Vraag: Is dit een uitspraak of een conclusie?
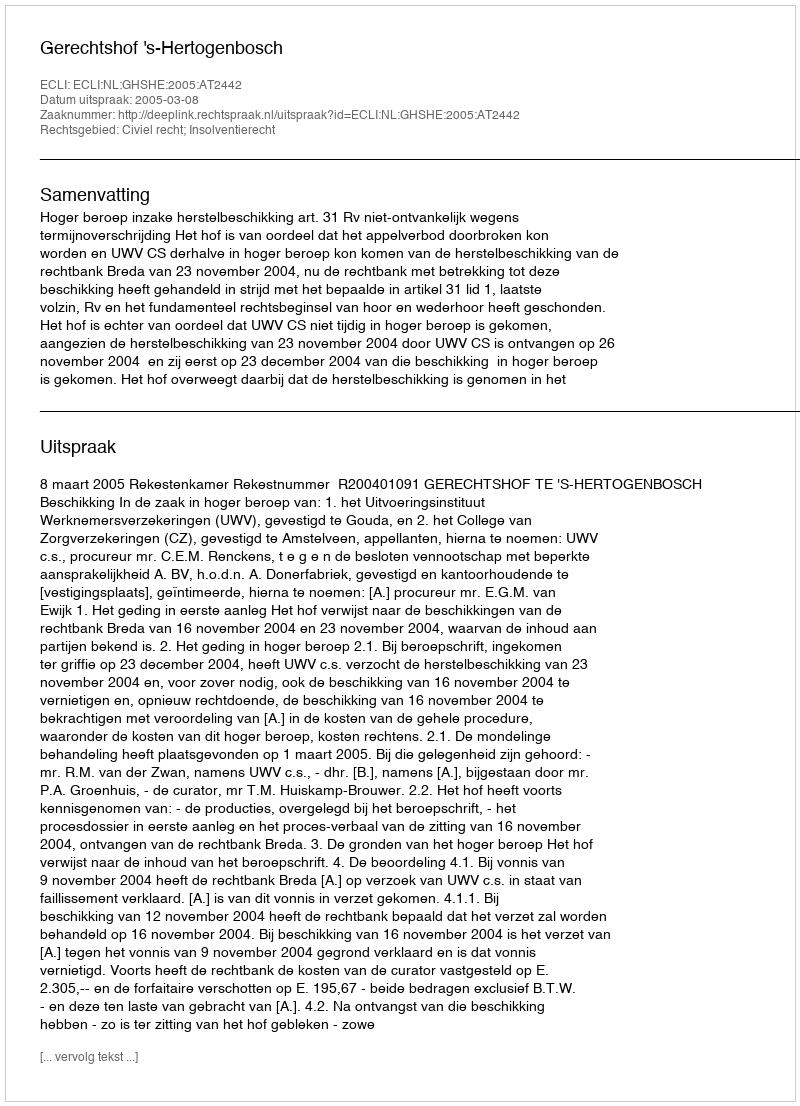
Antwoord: Uitspraak